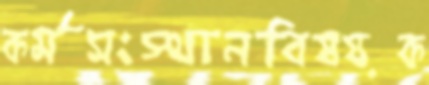
কর্মসংস্থানবিষয়ক